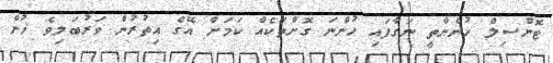
ޓޮންސިލް ހުންނާތީ ނަގާފައި ހުންނަ ގޮށްތަކެއް ކަމަށް އޭގެ އިތުރުން ވަރުބަލިވެ ހުން